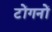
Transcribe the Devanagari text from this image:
टोंगनों